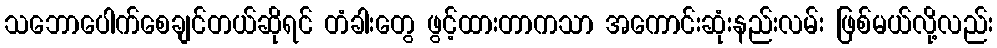
သဘောပေါက်စေချင်တယ်ဆိုရင် တံခါးတွေ ဖွင့်ထားတာကသာ အကောင်းဆုံးနည်းလမ်း ဖြစ်မယ်လို့လည်း